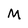
Character: M